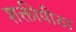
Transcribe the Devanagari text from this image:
शक्तीपीठा